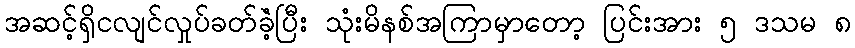
အဆင့်ရှိငလျင်လှုပ်ခတ်ခဲံ့ပြီး သုံးမိနစ်အကြာမှာတော့ ပြင်းအား ၅ ဒသမ ၈